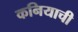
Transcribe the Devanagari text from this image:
कनियाची